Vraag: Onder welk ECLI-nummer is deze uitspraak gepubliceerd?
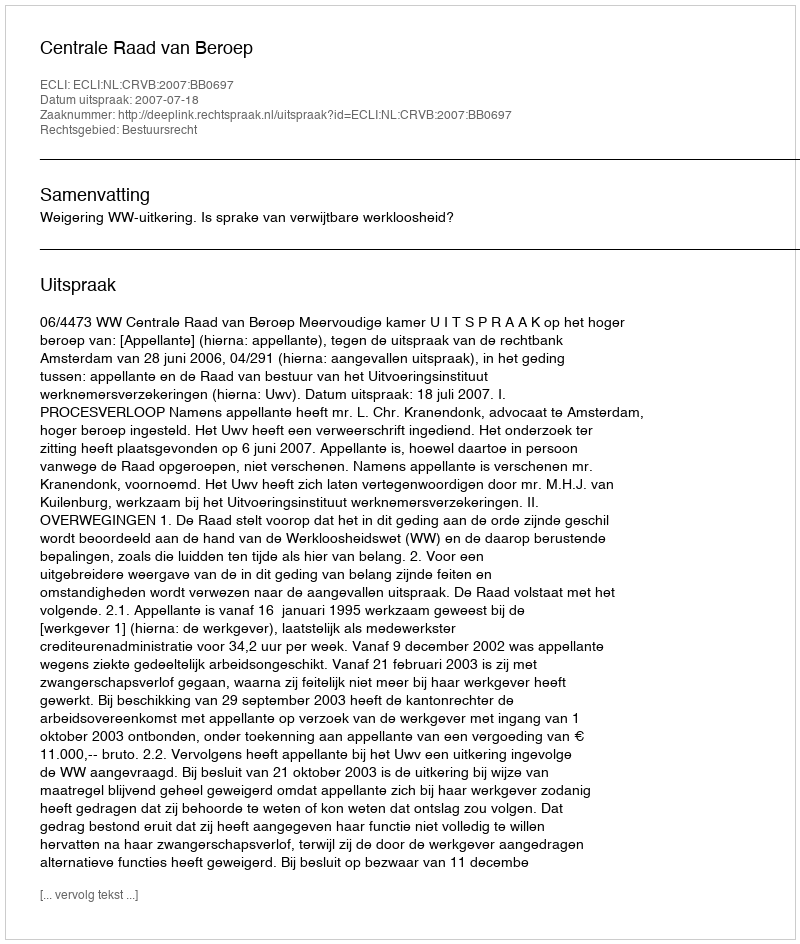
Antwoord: ECLI:NL:CRVB:2007:BB0697